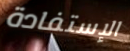
الإستفادة